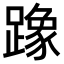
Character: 𫏡